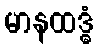
မာနထဒ္ဓံ